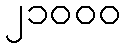
၂၁၀၀၀